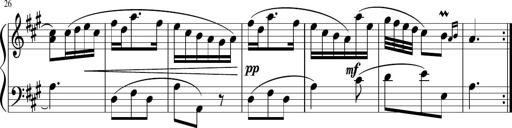
Title: 12 Keyboard Sonatinas
Composer: James Hook